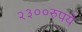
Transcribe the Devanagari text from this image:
२३००रुपये